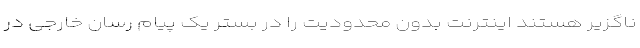
ناگزیر ھستند اینترنت بدون محدودیت را در بستر یک پیام رسان خارجی در